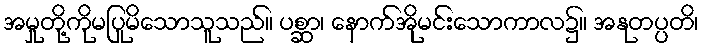
အမှုတို့ကိုမပြုမိသောသူသည်။ ပစ္ဆာ၊ နောက်အိုမင်းသောကာလ၌။ အနုတပ္ပတိ၊